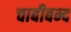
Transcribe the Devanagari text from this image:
चाबीबन्द